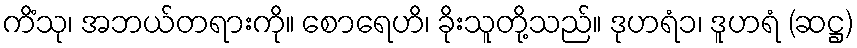
ကိံသု၊ အဘယ်တရားကို။ စောရေဟိ၊ ခိုးသူတို့သည်။ ဒုဟရံ၁၊ ဒူဟရံ (ဆဋ္ဌ)